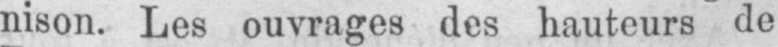
nison. Les ouvrages des hauteurs de